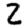
Digit: 2